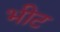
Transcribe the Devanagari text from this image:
भीट